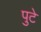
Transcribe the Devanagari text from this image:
पुटे